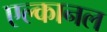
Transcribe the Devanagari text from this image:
एल्कानल